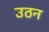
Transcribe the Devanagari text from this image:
उठन